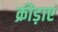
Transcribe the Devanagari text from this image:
क्रीड़ाएं